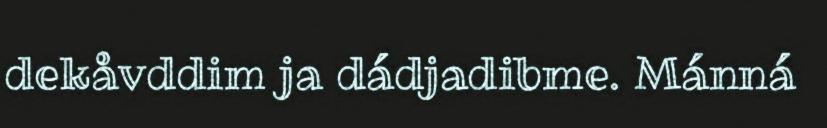
dekåvddim ja dádjadibme. Mánná